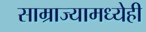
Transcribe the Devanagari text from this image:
साम्राज्यामध्येही